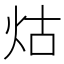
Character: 𤇌